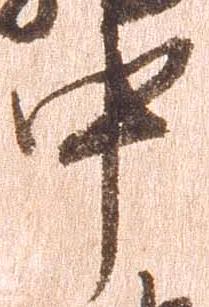
中